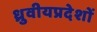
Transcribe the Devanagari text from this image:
ध्रुवीयप्रदेशों